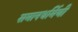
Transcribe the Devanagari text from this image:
समानधर्मिणी